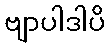
ဗျာပါဒါပိ